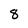
Character: 8